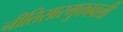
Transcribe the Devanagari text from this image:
नीतिसारमुक्तावली